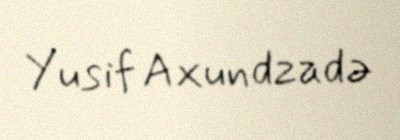
Yusif Axundzadə